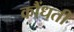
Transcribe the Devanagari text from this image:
कौंधती